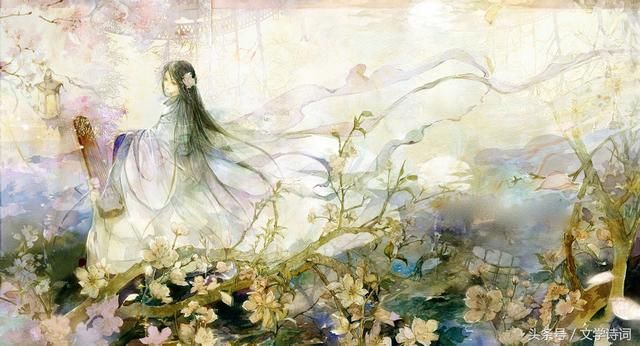
临水一长啸，忽思十年初。